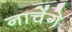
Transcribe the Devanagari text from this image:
नाचेंगे